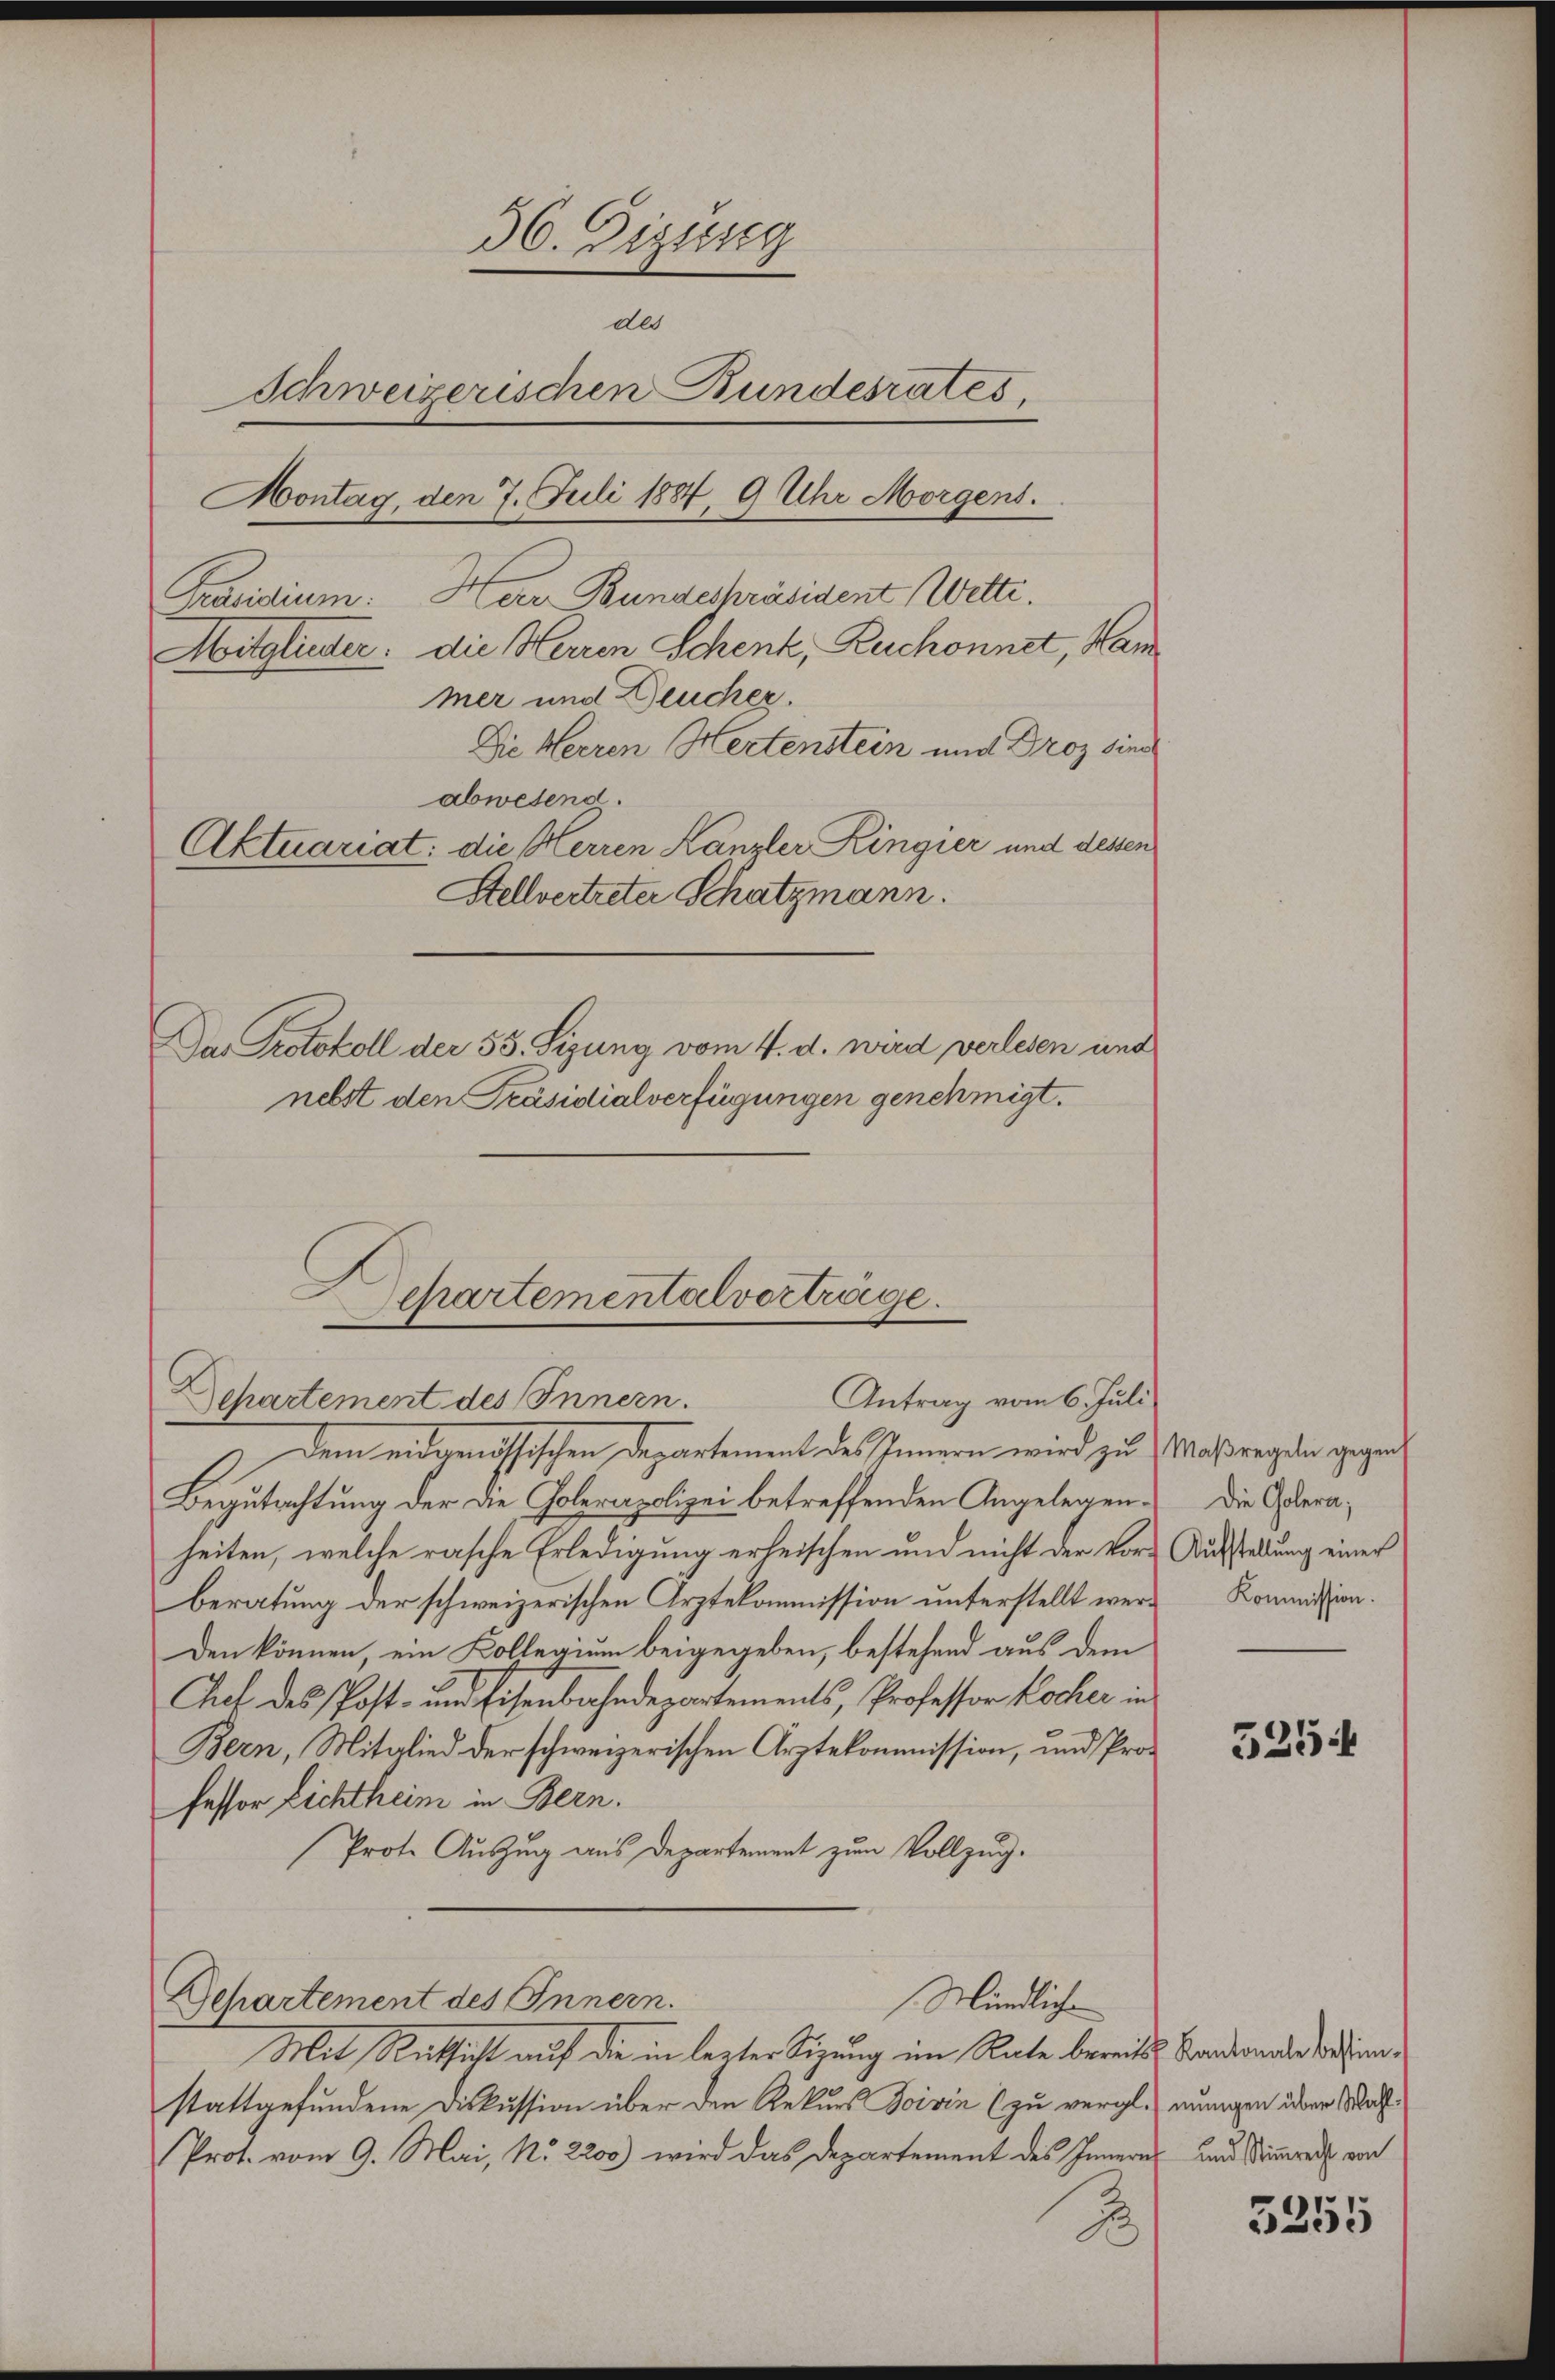
36. Dizung
dl
Schweizerischen Bundesrates,
Montag, den 7. Juli 1884, 9 Uhr Morgens.
Präsidium. Herr Bundespräsident Wette.
Mitglieder: die Herren Schenk, Ruchonnet, Han
mer und Deucher.
Die Herren Hertenstein und Droz sind
abwesend.
Aktuariat: die Herren Kanzler Ringier und dessen
Stellvertreter Schatzmann.

Das Protokoll der 53. Sizung vom 4. d. wird verlesen und
nebst den Präsidialverfügungen genehmigt.

Begutachtung der die Colerapolizei betreffenden Angelegenheiten, welche rasche Erledigung erheischen und nicht der Vor-Aufstellung einer
beratung der schweizerischen Arztekommission unterstellt werden können, ein Kollegium beigegeben, bestehend aus dem
Chef des Post- und Eisenbahndepartements, Professor Kocher in
Bern, Mitglied der schweizerischen Arztekommission, und Professor Lichtheim in Bern.
Prote Auszug aus Departement zum Vollzug.
Mündliche
Departement des Innern.
Mit Rücksicht auf die in lezter Sitzung im Rate bereits Bandende sehenstattgefundene Diskussion über den Rekurs Boivin (zu vergl. wenigen über Mah¬
Prot. vom 9. Mai, No. 2200) wird das Departement des Innern und Stimmrech von
3

Separtementalverträge.
Departement des Innern.
Antrag vom 6. Juli

Dem eidgenössischen Departement des Innern wird zu Maßregen gegen

Die Golera,
Kommission.

5254

3355